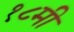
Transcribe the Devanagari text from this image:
१८मी